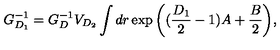
G _ { D _ { 1 } } ^ { - 1 } = G _ { D } ^ { - 1 } V _ { D _ { 2 } } \int d r \exp { \left( ( \frac { D _ { 1 } } { 2 } - 1 ) A + \frac { B } { 2 } \right) } ,